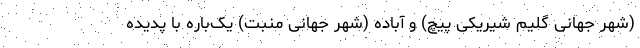
(شهر جهانی گلیم شیریکی پیچ) و آباده (شهر جهانی منبت) یک‌باره با پدیده